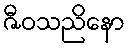
ဇီဝသညိနော